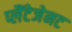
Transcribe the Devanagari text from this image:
प्लैंटेजेनट